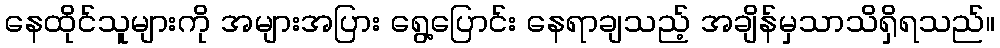
နေထိုင်သူများကို အများအပြား ရွေ့ပြောင်း နေရာချသည့် အချိန်မှသာသိရှိရသည်။